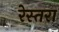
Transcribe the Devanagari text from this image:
रेस्तरा